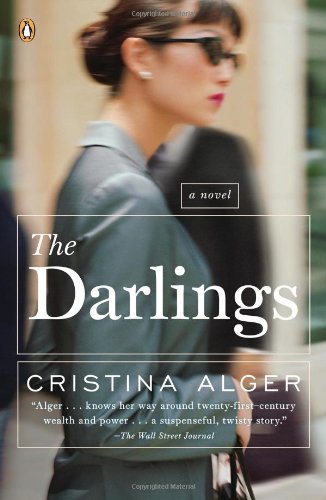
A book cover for The Darlings: A Novel; Cristina Alger; Mystery, Thriller & Suspense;